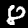
Digit: 8